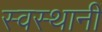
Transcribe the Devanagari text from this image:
स्वस्थानीं